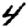
Digit: 4